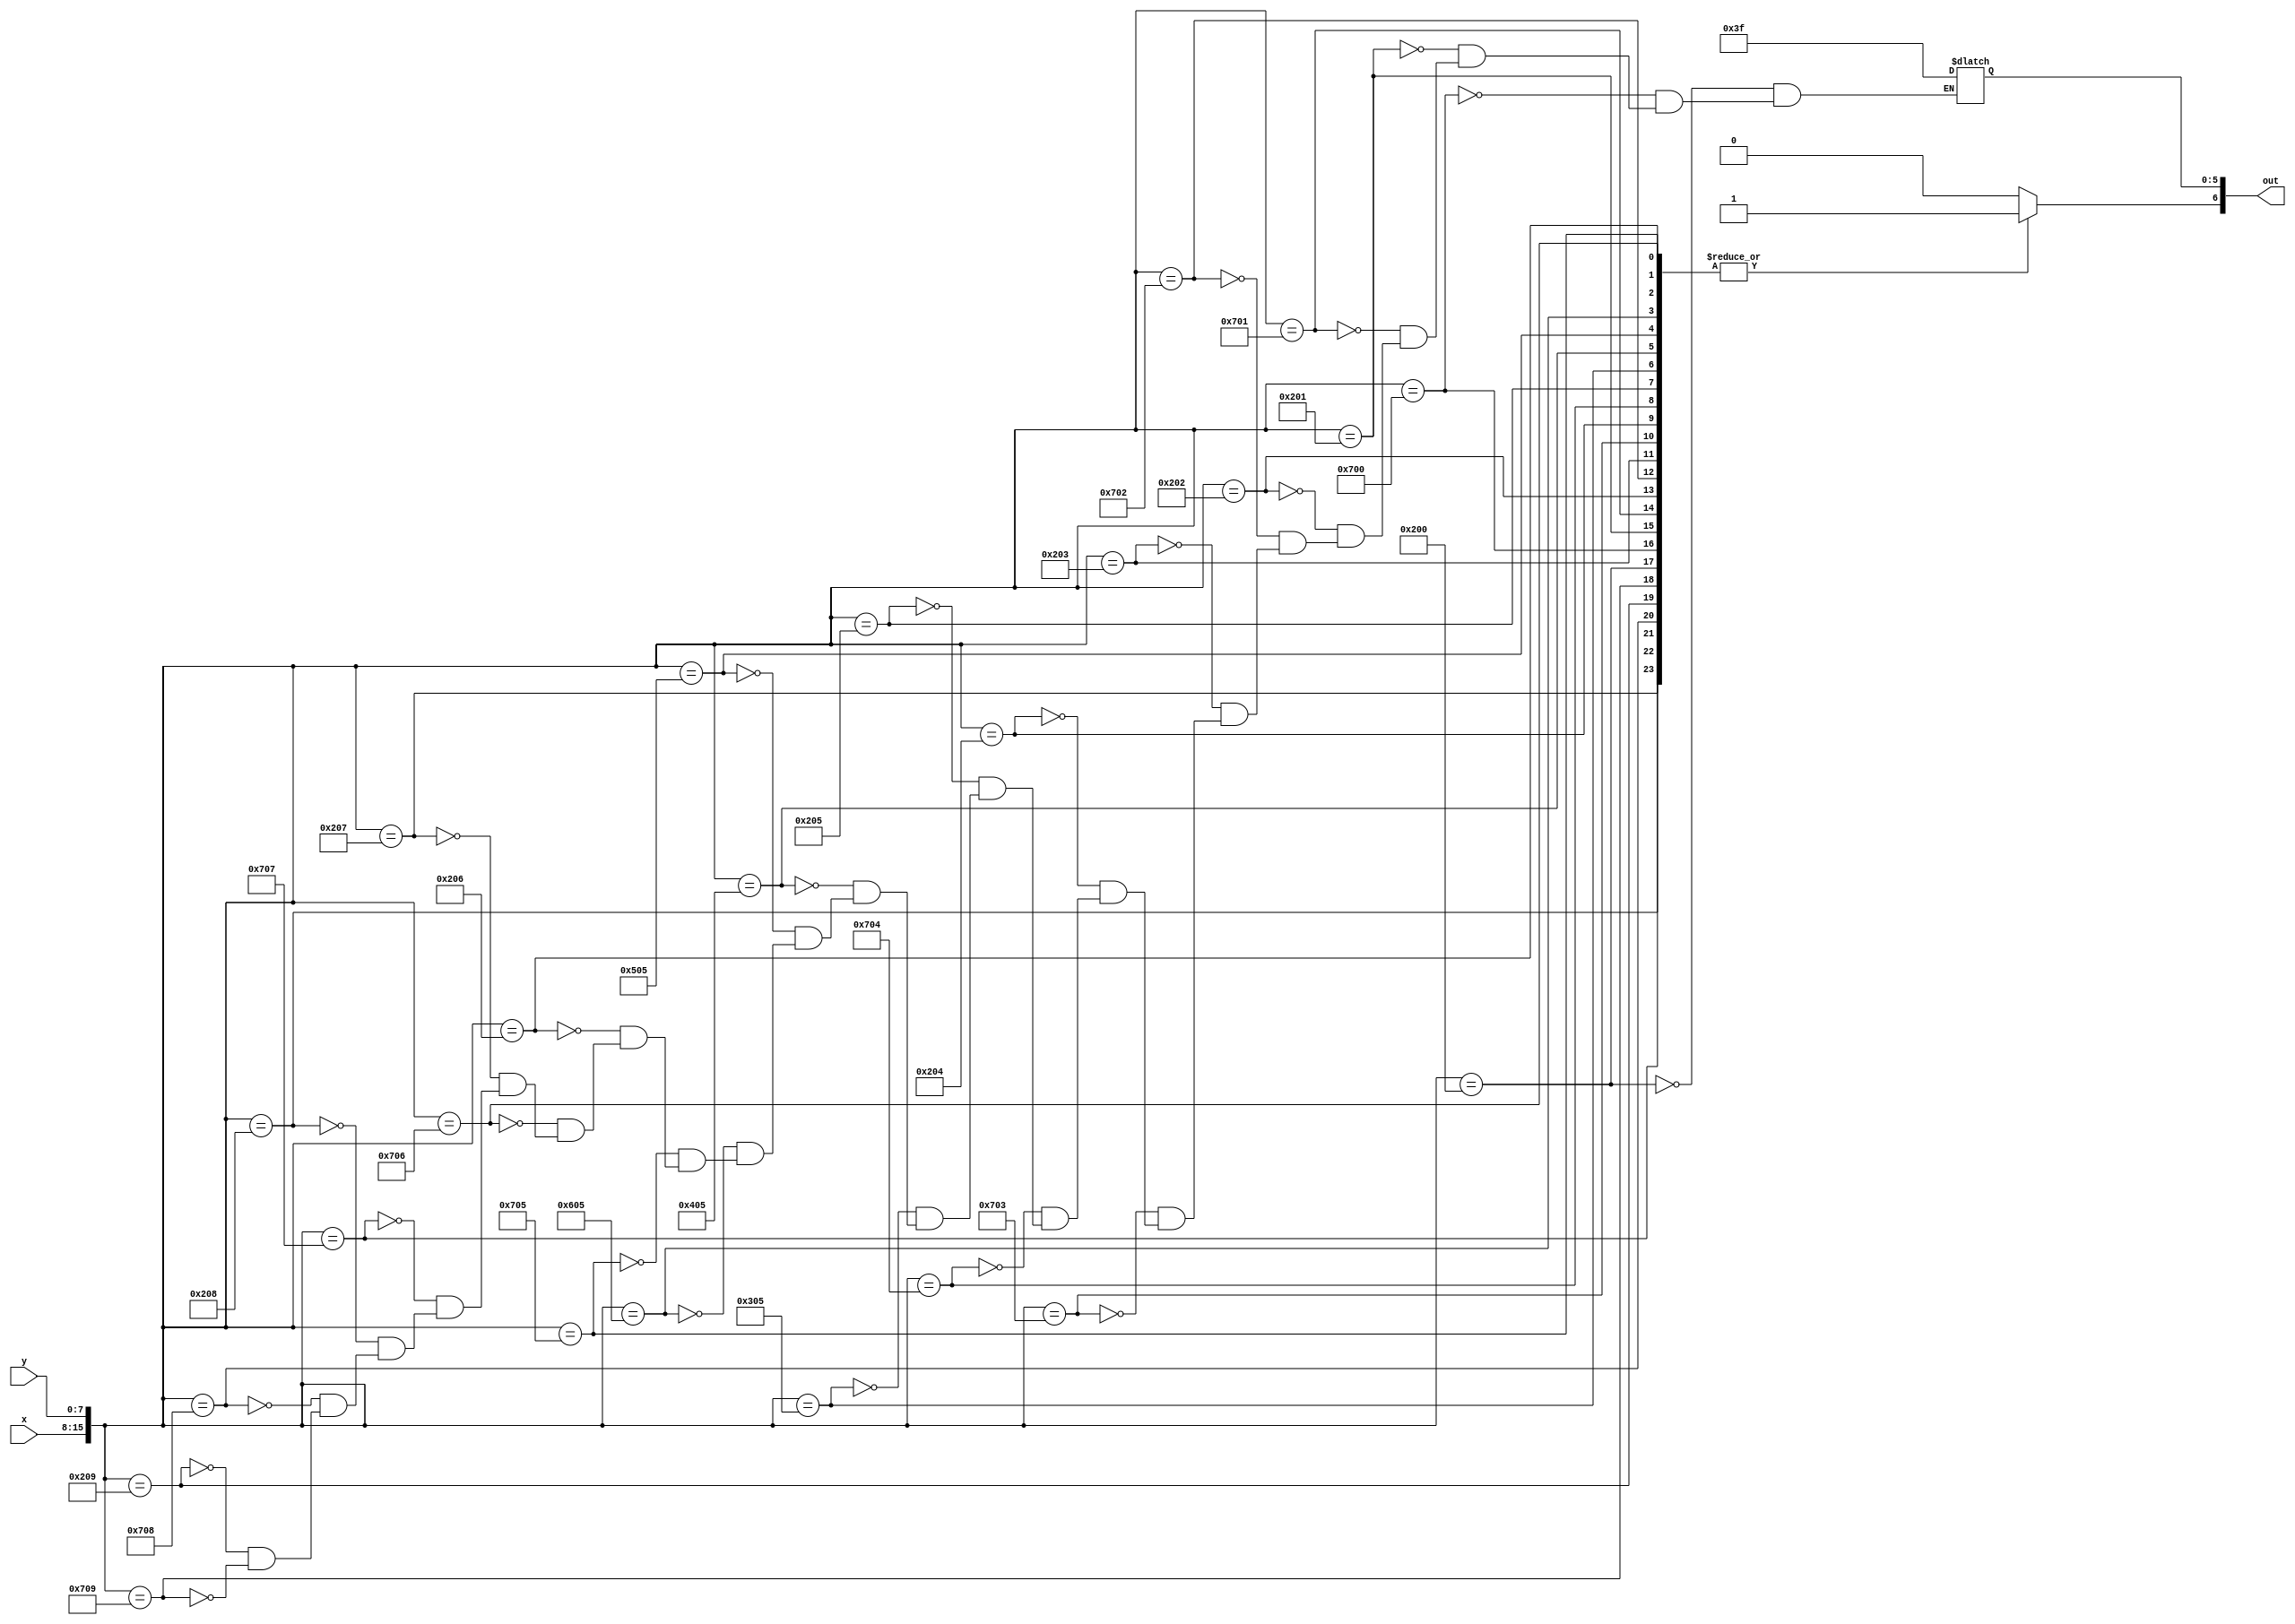
module char_h_lut(x, y, out);
	input [7:0] x;
	input [7:0] y;
	output reg [6:0] out;

	always@(*)
	begin
		out[6] <= 1'b1;
		case({x, y})
			16'h0200: out[5:0] <= 6'b111111;
			16'h0700: out[5:0] <= 6'b111111;
			
			16'h0201: out[5:0] <= 6'b111111;
			16'h0701: out[5:0] <= 6'b111111;
			
			16'h0202: out[5:0] <= 6'b111111;
			16'h0702: out[5:0] <= 6'b111111;
			
			16'h0203: out[5:0] <= 6'b111111;
			16'h0703: out[5:0] <= 6'b111111;
			
			16'h0204: out[5:0] <= 6'b111111;
			16'h0704: out[5:0] <= 6'b111111;
			
			16'h0205: out[5:0] <= 6'b111111;
			16'h0305: out[5:0] <= 6'b111111;
			16'h0405: out[5:0] <= 6'b111111;
			16'h0505: out[5:0] <= 6'b111111;
			16'h0605: out[5:0] <= 6'b111111;
			16'h0705: out[5:0] <= 6'b111111;
			
			16'h0206: out[5:0] <= 6'b111111;
			16'h0706: out[5:0] <= 6'b111111;
			
			16'h0207: out[5:0] <= 6'b111111;
			16'h0707: out[5:0] <= 6'b111111;
			
			16'h0208: out[5:0] <= 6'b111111;
			16'h0708: out[5:0] <= 6'b111111;

			16'h0209: out[5:0] <= 6'b111111;
			16'h0709: out[5:0] <= 6'b111111;
			default: out[6] <= 1'b0;
		endcase
	end
endmodule
module char_h(x, y, flush_x, flush_y, colour, enable);
	input [7:0] x;
	input [7:0] y;
	input [7:0] flush_x;
	input [7:0] flush_y;
	
	output [5:0] colour;
	output enable;
	
	wire [6:0] lut_out;
	
	char_h_lut(flush_x - x, flush_y - y, lut_out);
	
	assign colour = lut_out[5:0];
	assign enable = lut_out[6];
endmodule